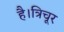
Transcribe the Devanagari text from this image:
है।त्रिचूर